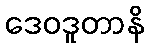
ဒေဝဒူတာနိ